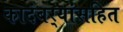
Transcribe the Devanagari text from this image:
कादंबर्‍यांसहित